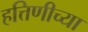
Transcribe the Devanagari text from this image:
हत्तिणीच्या